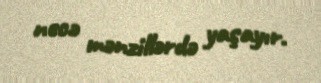
necə mənzillərdə yaşayır.